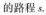
的路程s.